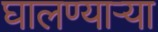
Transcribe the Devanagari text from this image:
घालण्यार्‍या